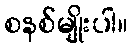
စနစ်မျိုးပါ။